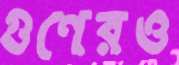
গুণেরও